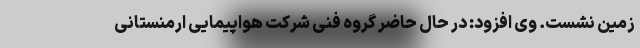
زمین نشست. وی افزود: در حال حاضر گروه فنی شرکت هواپیمایی ارمنستانی